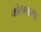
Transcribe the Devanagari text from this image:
मोरगव्हाण